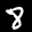
Label: 8